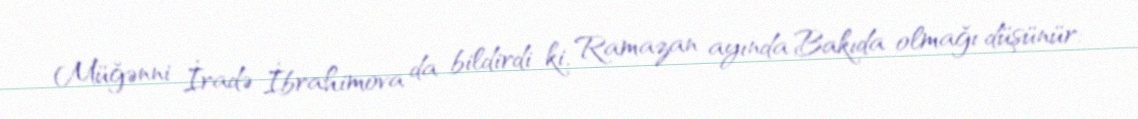
Müğənni İradə İbrahimova da bildirdi ki, Ramazan ayında Bakıda olmağı düşünür: